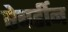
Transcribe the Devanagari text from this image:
ऐबर्डीन